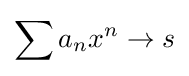
\sum a_{n}x^{n}\to s